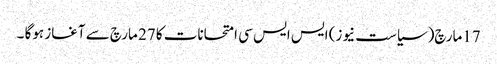
17مارچ(سیاست نیوز) ایس ایس سی امتحانات کا 27 مارچ سے آغاز ہوگا ۔